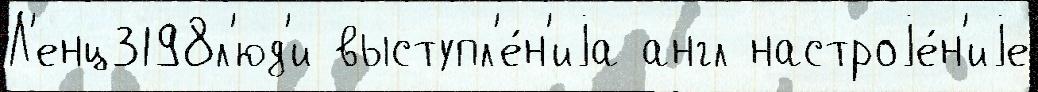
Л'енц3198л'юд'и выступл'е́н'иjа англ настроjе́н'иjе